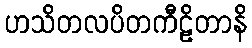
ဟသိတလပိတကီဠိတာနိ